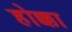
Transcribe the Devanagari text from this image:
होक्का